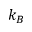
k _ { B }